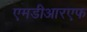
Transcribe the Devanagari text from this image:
एमडीआरएफ